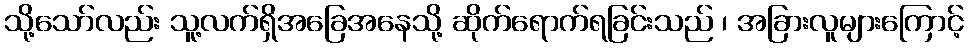
သို့သော်လည်း သူ့လက်ရှိအခြေအနေသို့ ဆိုက်ရောက်ရခြင်းသည် ၊ အခြားလူများကြောင့်